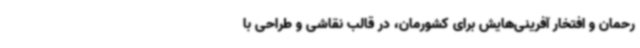
رحمان و افتخار آفرینی‌هایش برای کشورمان، در قالب نقاشی و طراحی با